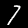
Digit: 7